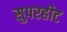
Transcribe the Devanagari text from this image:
सुपरहीट